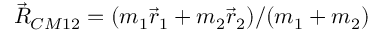
\vec { R } _ { C M 1 2 } = ( m _ { 1 } \vec { r } _ { 1 } + m _ { 2 } \vec { r } _ { 2 } ) / ( m _ { 1 } + m _ { 2 } )